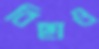
বিছাও